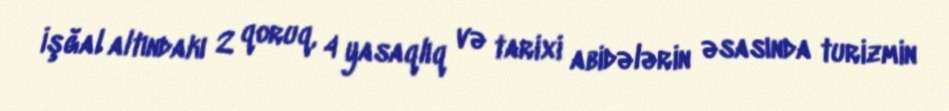
İşğal altındakı 2 qoruq, 4 yasaqlıq və tarixi abidələrin əsasında turizmin